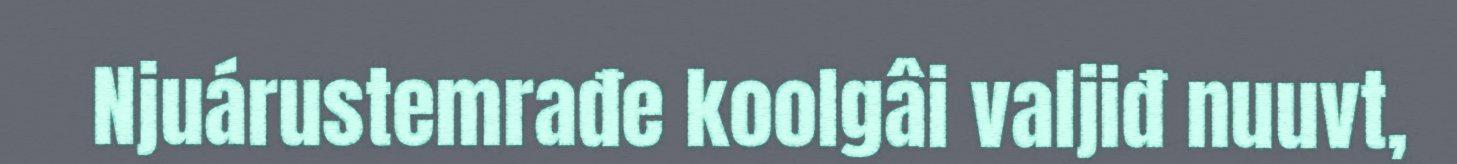
Njuárustemrađe koolgâi valjiđ nuuvt,